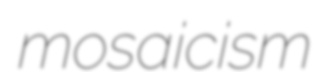
mosaicism